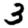
Digit: 3